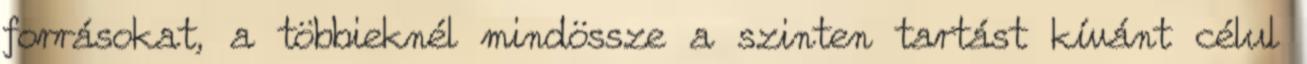
forrásokat, a többieknél mindössze a szinten tartást kívánt célul